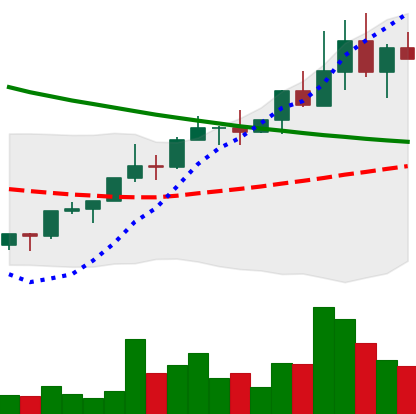
Ticker: NEO-USD
Chart end date: 2022-04-02
Forward return: -15.324%
Label: down_7plus